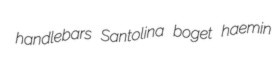
handlebars Santolina boget haemin